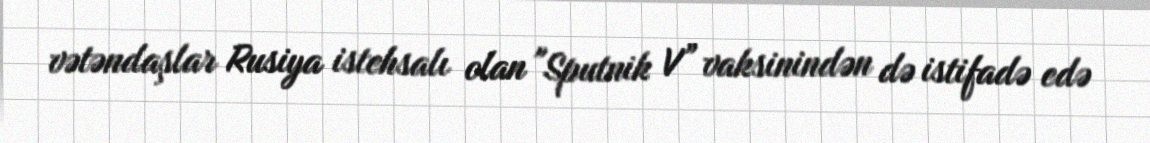
vətəndaşlar Rusiya istehsalı olan "Sputnik V” vaksinindən də istifadə edə